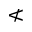
\nless